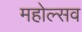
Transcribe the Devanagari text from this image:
महोल्सव